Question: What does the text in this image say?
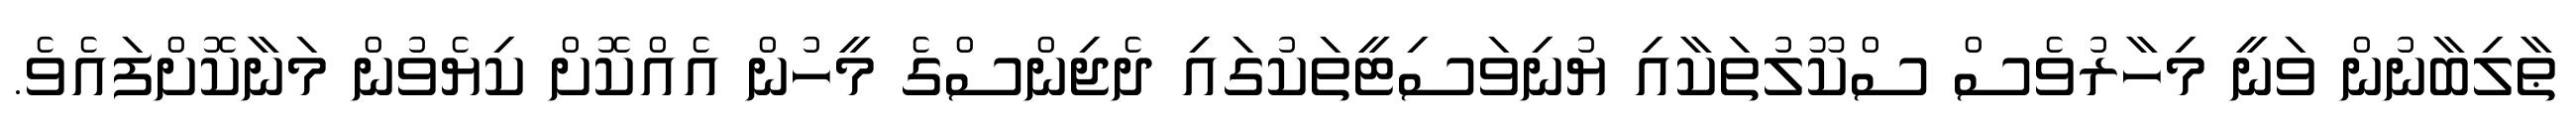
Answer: ޠާލިބާނުން ވަނީ މިހާރުވެސް ސްކޫލުތަކާއި ޔުނިވަސިޓީތަކުގައި ދެޖިންސްގެ މީހުން އެއްކޮށް ކިޔެވުން މަނާކޮށްފައެވެ.